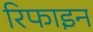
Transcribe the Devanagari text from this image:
रिफाइन